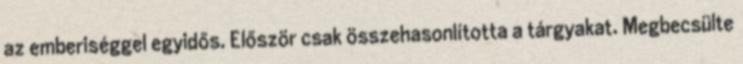
az emberiséggel egyidős. Először csak összehasonlította a tárgyakat. Megbecsülte